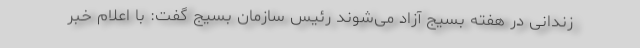
زندانی در هفته بسیج آزاد می‌شوند رئیس سازمان بسیج گفت: با اعلام خبر